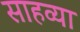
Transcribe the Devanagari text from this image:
साहव्या